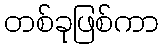
တစ်ခုဖြစ်ကာ